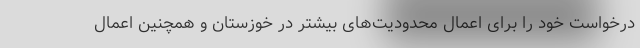
درخواست خود را برای اعمال محدودیت‌های بیشتر در خوزستان و همچنین اعمال